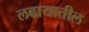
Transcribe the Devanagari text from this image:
लढायातील